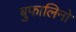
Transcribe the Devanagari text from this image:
बुफालिनो